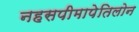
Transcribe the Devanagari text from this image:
नहसपीमापेतिलोन